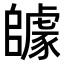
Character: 𨼽